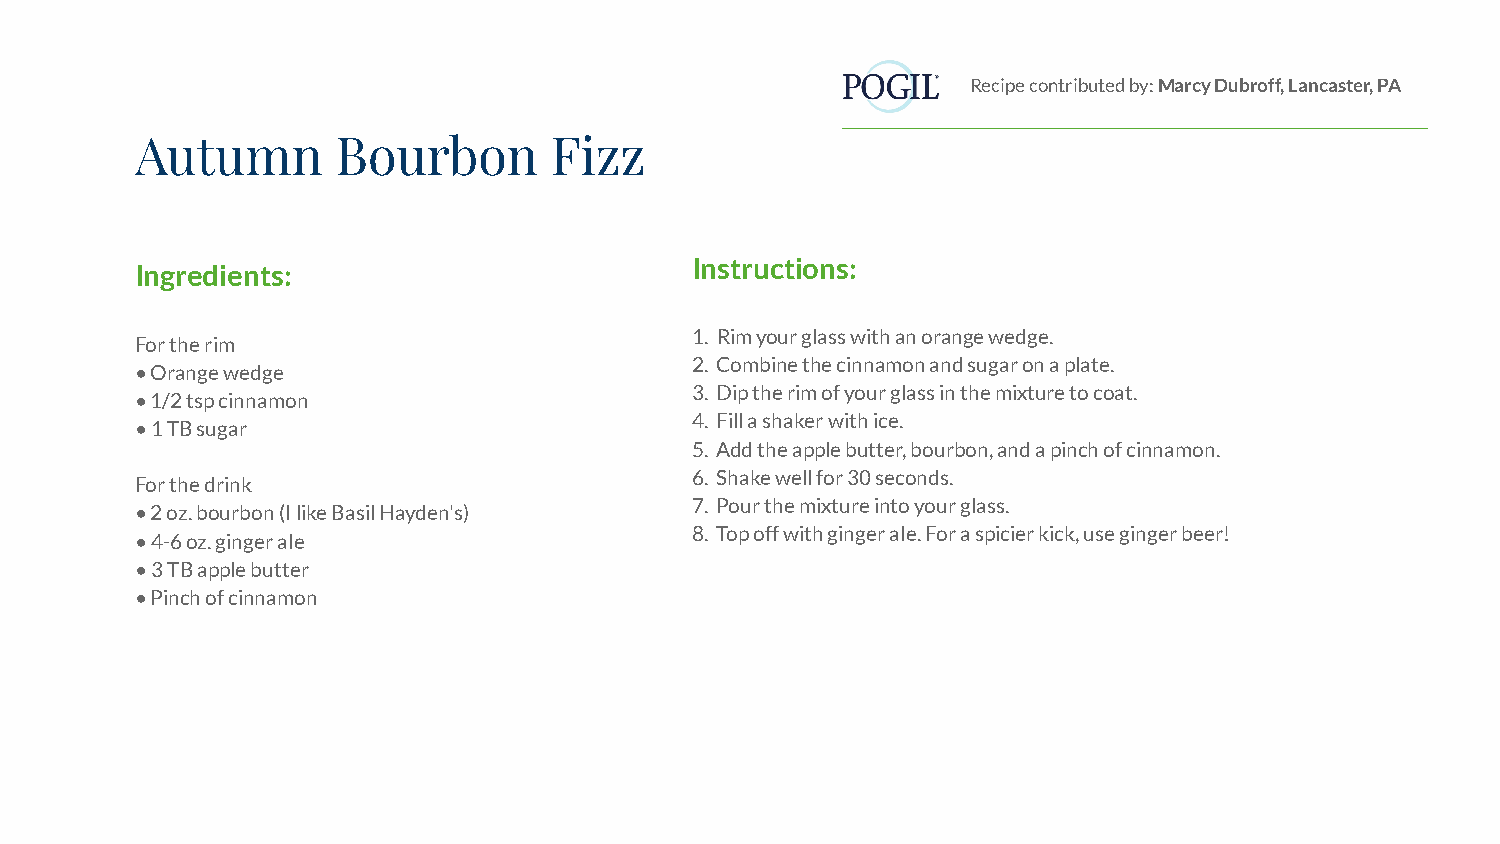
Recipe contributed by: Marcy Dubroff, Lancaster, PA
 Autumn       Bourbon       Fizz
 Instructions:
 Ingredients:
 1. Rim your glass with an orange wedge.
 For the rim
 2. Combine the cinnamon and sugar on a plate.
 • Orange wedge
 3. Dip the rim of your glass in the mixture to coat.
 • 1/2 tsp cinnamon
 4. Fill a shaker with ice.
 • 1 TB sugar
 5. Add the apple butter, bourbon, and a pinch of cinnamon.
 6. Shake well for 30 seconds.
 For the drink
 7. Pour the mixture into your glass.
 • 2 oz. bourbon (I like Basil Hayden's)
 8. Top off with ginger ale. For a spicier kick, use ginger beer!
 • 4-6 oz. ginger ale
 • 3 TB apple butter
 • Pinch of cinnamon